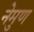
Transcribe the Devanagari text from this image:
नेमुण